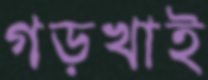
গড়খাই